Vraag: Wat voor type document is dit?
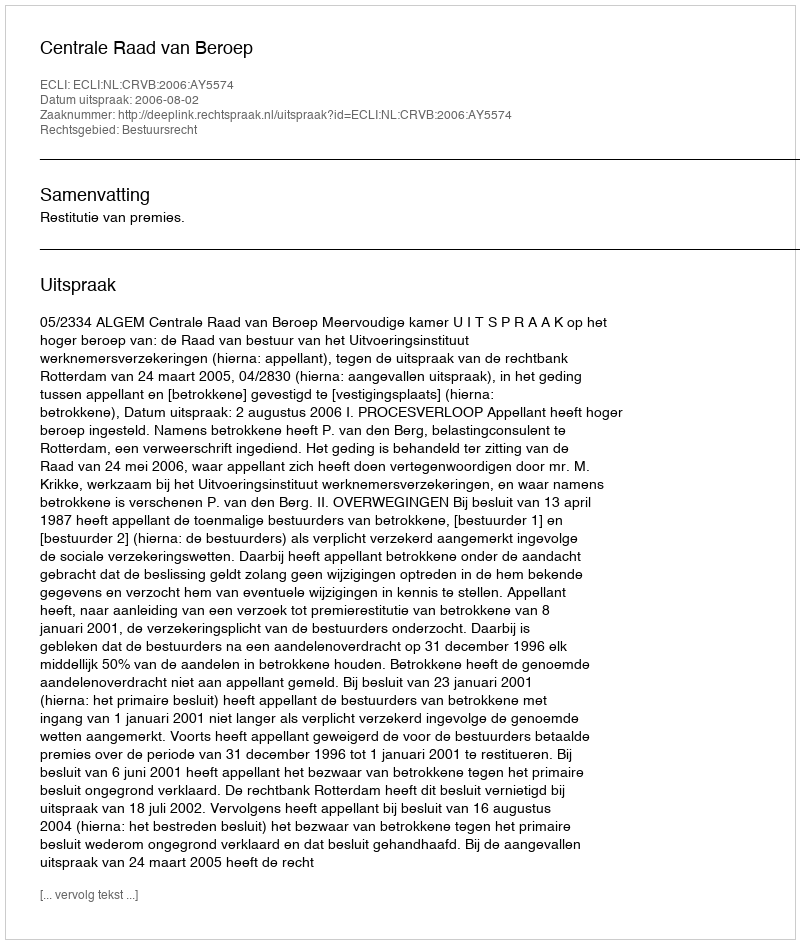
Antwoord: Uitspraak